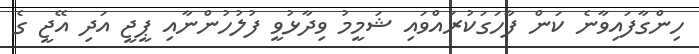
ހިންގާފައިވާނެ ކަން ފާހަގަކުރައްވައި ޝަމީމު ވިދާޅުވީ ފުލުހުންނާއި ޕީޖީ އަދި އޭޖީ ގެ